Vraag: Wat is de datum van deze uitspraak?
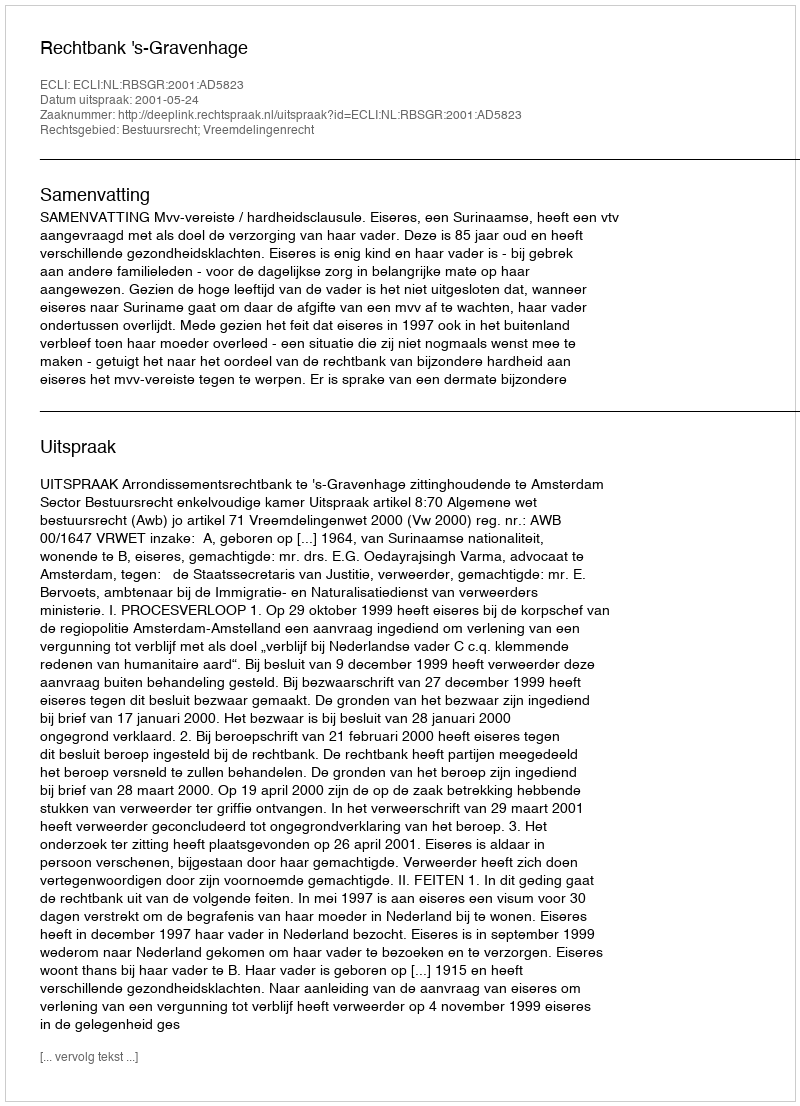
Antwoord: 2001-05-24